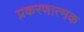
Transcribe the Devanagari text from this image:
प्रकरणात्मक